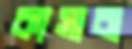
কাসাবা